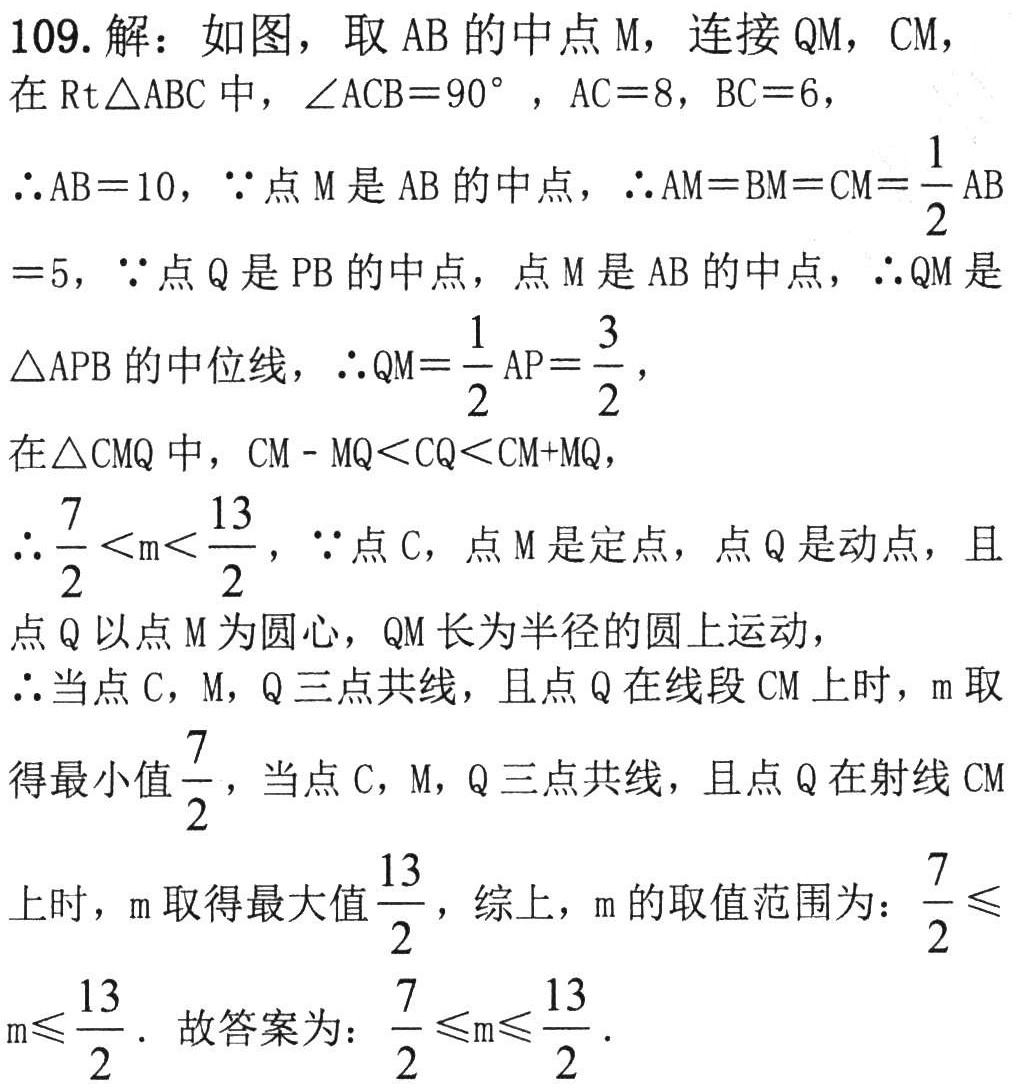
109. 解：如图，取 \(AB\) 的中点 \(M\)，连接 \(QM\)，\(CM\)，

在 \(Rt\triangle ABC\) 中，\(\angle ACB = 90^{\circ}\)，\(AC = 8\)，\(BC = 6\)，

\(\therefore AB = 10\)，\(\because\) 点 \(M\) 是 \(AB\) 的中点，\(\therefore AM = BM = CM=\frac{1}{2}AB = 5\)，\(\because\) 点 \(Q\) 是 \(PB\) 的中点，点 \(M\) 是 \(AB\) 的中点，\(\therefore QM\) 是 \(\triangle APB\) 的中位线，\(\therefore QM=\frac{1}{2}AP=\frac{3}{2}\)，

在 \(\triangle CMQ\) 中，\(CM - MQ\lt CQ\lt CM + MQ\)，

\(\therefore\frac{7}{2}\lt m\lt\frac{13}{2}\)，\(\because\) 点 \(C\)，点 \(M\) 是定点，点 \(Q\) 是动点，且点 \(Q\) 以点 \(M\) 为圆心，\(QM\) 长为半径的圆上运动，

\(\therefore\) 当点 \(C\)，\(M\)，\(Q\) 三点共线，且点 \(Q\) 在线段 \(CM\) 上时，\(m\) 取得最小值 \(\frac{7}{2}\)，当点 \(C\)，\(M\)，\(Q\) 三点共线，且点 \(Q\) 在射线 \(CM\) 上时，\(m\) 取得最大值 \(\frac{13}{2}\)，综上，\(m\) 的取值范围为：\(\frac{7}{2}\leq m\leq\frac{13}{2}\)．故答案为：\(\frac{7}{2}\leq m\leq\frac{13}{2}\)．